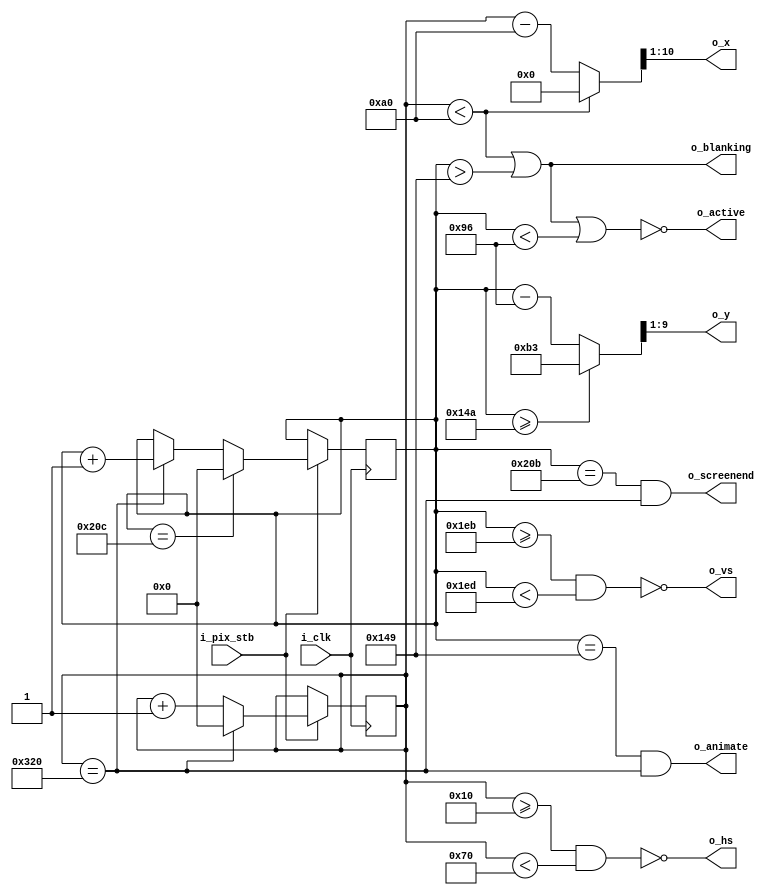

//////////////////////////////////////////////////////////////////////////////////
// vga.v - VGA driver
// Will Green
// https://timetoexplore.net/
//////////////////////////////////////////////////////////////////////////////////

`timescale 1ns / 1ps
`default_nettype none

module vga180x90(
    input wire i_clk,           // base clock
    input wire i_pix_stb,       // pixel clock strobe
    output wire o_hs,           // horizontal sync
    output wire o_vs,           // vertical sync
    output wire o_blanking,     // high during blanking interval
    output wire o_active,       // high during active pixel drawing
    output wire o_screenend,    // high for one tick at the end of screen
    output wire o_animate,      // high for one tick at end of active drawing
    output wire [9:0] o_x,      // current pixel x position: 10-bit value: 0-1023
    output wire [8:0] o_y       // current pixel y position:  9-bit value: 0-511
    );

    localparam HS_STA = 16;              // horizontal sync start
    localparam HS_END = 16 + 96;         // horizontal sync end
    localparam HA_STA = 16 + 96 + 48;    // horizontal active pixel start
    localparam VS_STA = 480 + 11;        // vertical sync start
    localparam VS_END = 480 + 11 + 2;    // vertical sync end
    localparam VA_STA = 150;              // vertical active pixel start
    localparam VA_END = 330;             // vertical active pixel end
    localparam LINE   = 800;             // complete line (pixels)
    localparam SCREEN = 524;             // complete screen (lines)

    reg [9:0] h_count = 0;      // line position:   10-bit value: 0-1023
    reg [9:0] v_count = 0;      // screen position: 10-bit value: 0-1023

    // generate sync signals (active low for 640x480)
    assign o_hs = ~((h_count >= HS_STA) & (h_count < HS_END));
    assign o_vs = ~((v_count >= VS_STA) & (v_count < VS_END));

    // keep x and y bound within the active pixels - right shift for 320x180 display
    assign o_x = ((h_count < HA_STA) ? 0 : (h_count - HA_STA))>>1;
    assign o_y = ((v_count >= VA_END) ? (VA_END - VA_STA - 1) : (v_count - VA_STA))>>1;

    // blanking: high within the blanking period
    assign o_blanking = ((h_count < HA_STA) | (v_count > VA_END - 1));

    // active: high during active pixel drawing
    assign o_active = ~((h_count < HA_STA) | (v_count > VA_END - 1) | (v_count < VA_STA));

    // screenend: high for one tick at the end of the screen
    assign o_screenend = ((v_count == SCREEN - 1) & (h_count == LINE));

    // animate: high for one tick at the end of the final active pixel line
    assign o_animate = ((v_count == VA_END - 1) & (h_count == LINE));

    always @ (posedge i_clk)
    begin
        if (i_pix_stb)  // once per pixel
        begin
            if (h_count == LINE)  // end of line
            begin
                h_count <= 0;
                v_count <= v_count + 1;
            end
            else 
                h_count <= h_count + 1;

            if (v_count == SCREEN)  // end of screen
                v_count <= 0;
        end
    end
endmodule